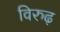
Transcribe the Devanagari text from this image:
विरुढ़